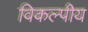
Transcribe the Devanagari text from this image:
विकल्पीय